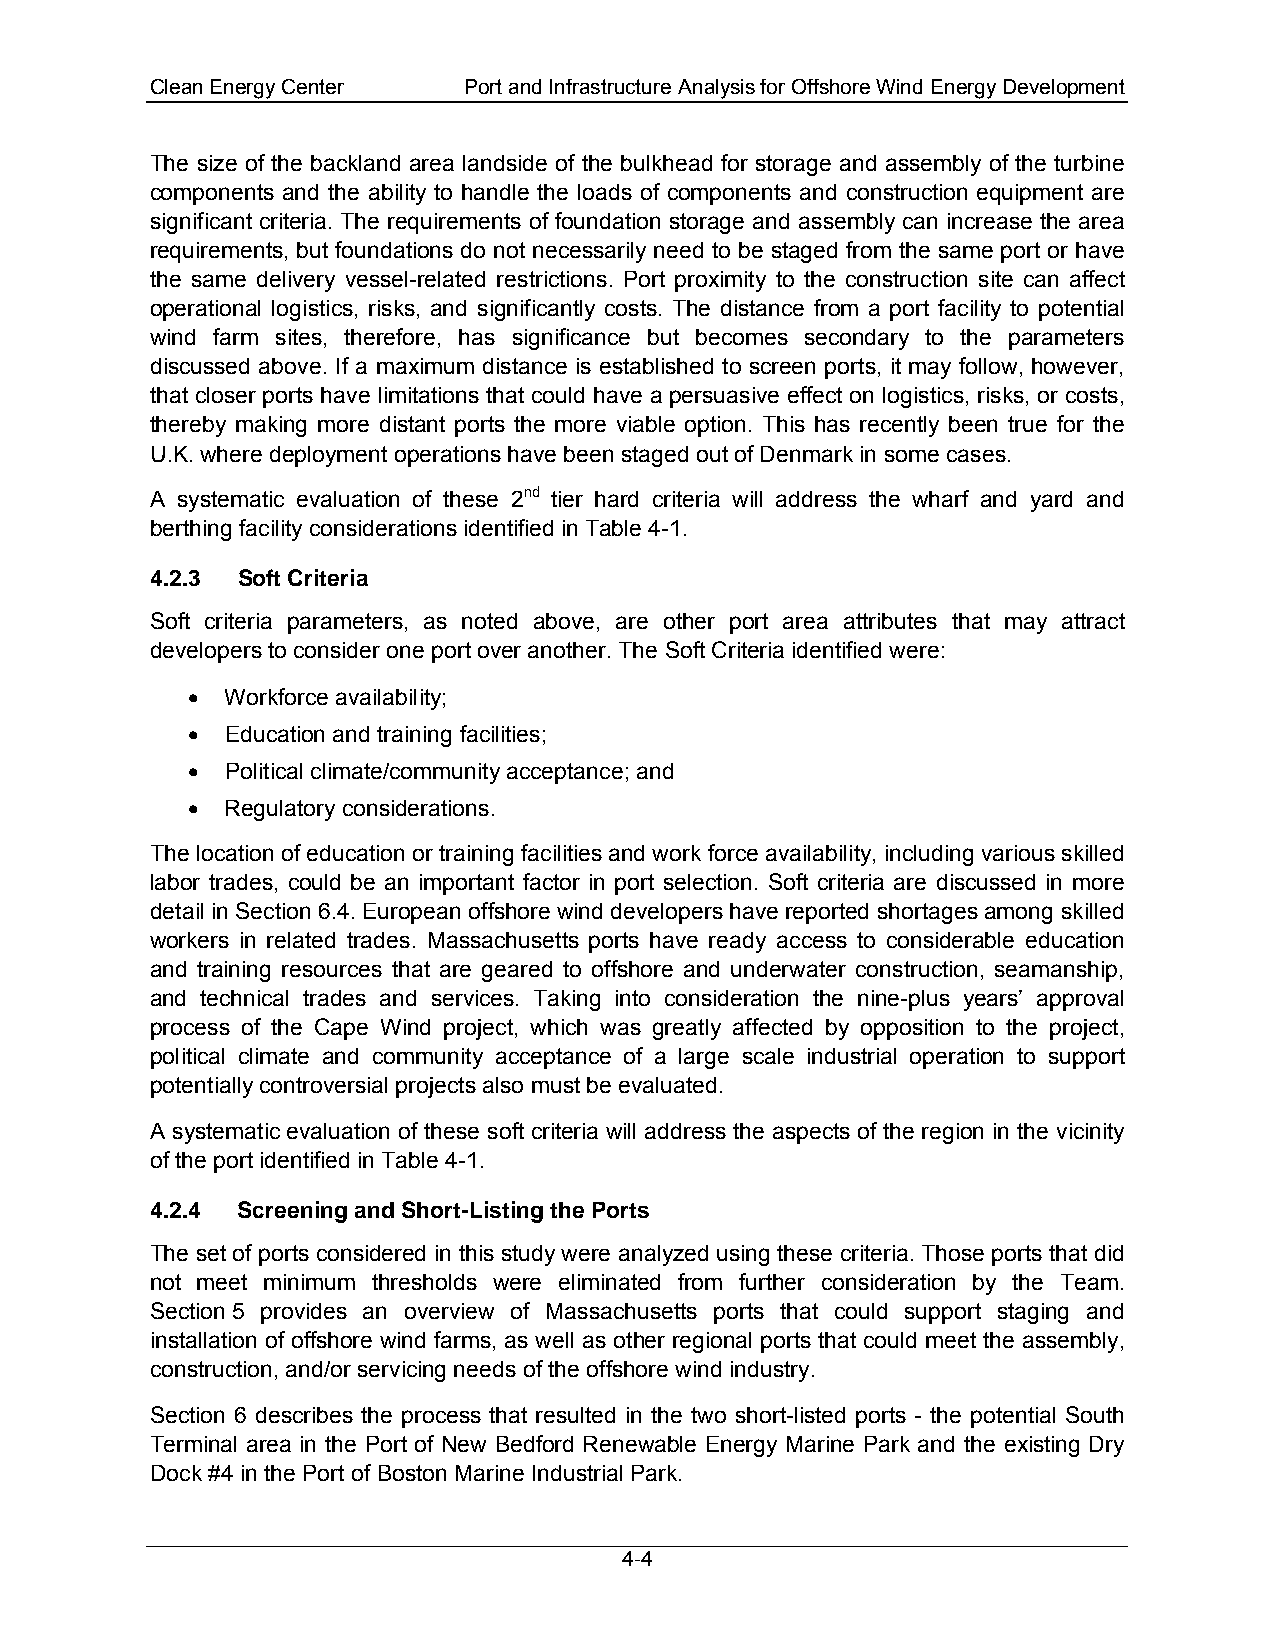
Clean Energy Center  Port and Infrastructure Analysis for Offshore Wind Energy Development
 The size of the backland area landside of the bulkhead for storage and assembly of the turbine
 components and the ability to handle the loads of components and construction equipment are
 significant criteria. The requirements of foundation storage and assembly can increase the area
 requirements, but foundations do not necessarily need to be staged from the same port or have
 the same delivery vessel-related restrictions. Port proximity to the construction site can affect
 operational logistics, risks, and significantly costs. The distance from a port facility to potential
 wind farm sites, therefore, has significance but becomes secondary to the parameters
 discussed above. If a maximum distance is established to screen ports, it may follow, however,
 that closer ports have limitations that could have a persuasive effect on logistics, risks, or costs,
 thereby making more distant ports the more viable option. This has recently been true for the
 U.K. where deployment operations have been staged out of Denmark in some cases.
 A systematic evaluation of these 2nd tier hard criteria will address the wharf and yard and
 berthing facility considerations identified in Table 4-1.
 4.2.3 Soft Criteria
 Soft criteria parameters, as noted above, are other port area attributes that may attract
 developers to consider one port over another. The Soft Criteria identified were:
 •  Workforce availability;
 •  Education and training facilities;
 •  Political climate/community acceptance; and
 •  Regulatory considerations.
 The location of education or training facilities and work force availability, including various skilled
 labor trades, could be an important factor in port selection. Soft criteria are discussed in more
 detail in Section 6.4. European offshore wind developers have reported shortages among skilled
 workers in related trades. Massachusetts ports have ready access to considerable education
 and training resources that are geared to offshore and underwater construction, seamanship,
 and technical trades and services. Taking into consideration the nine-plus years’ approval
 process of the Cape Wind project, which was greatly affected by opposition to the project,
 political climate and community acceptance of a large scale industrial operation to support
 potentially controversial projects also must be evaluated.
 A systematic evaluation of these soft criteria will address the aspects of the region in the vicinity
 of the port identified in Table 4-1.
 4.2.4 Screening and Short-Listing the Ports
 The set of ports considered in this study were analyzed using these criteria. Those ports that did
 not meet minimum thresholds were eliminated from further consideration by the Team.
 Section 5 provides an overview of Massachusetts ports that could support staging and
 installation of offshore wind farms, as well as other regional ports that could meet the assembly,
 construction, and/or servicing needs of the offshore wind industry.
 Section 6 describes the process that resulted in the two short-listed ports - the potential South
 Terminal area in the Port of New Bedford Renewable Energy Marine Park and the existing Dry
 Dock #4 in the Port of Boston Marine Industrial Park.
 4-4